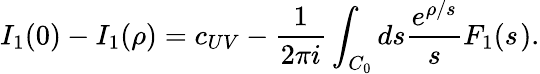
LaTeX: I_{1}(0)-I_{1}(\rho)=c_{UV}-\frac{1}{2\pi i}\int_{C_{0}}ds\frac{e^{\rho/s}}{s}F_{1}(s^{}).